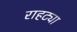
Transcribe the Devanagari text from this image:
राहट्या